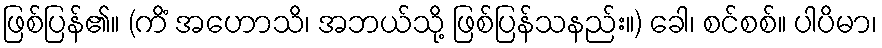
ဖြစ်ပြန်၏။ (ကိံ အဟောသိ၊ အဘယ်သို့ ဖြစ်ပြန်သနည်း။) ခေါ၊ စင်စစ်။ ပါပိမာ၊